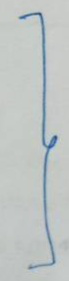
}